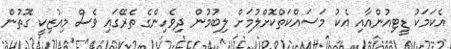
އެކަމަކު ޑީޓިއުންއާއި އެކު މަސައްކަތްކޮށްލުމަށް ލިބުމުން ދިވެހިންގެ ތެރޭގައި ވެސް މިއުޒިކީ ގޮތުން